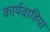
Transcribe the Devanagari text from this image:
कार्यवाहिया